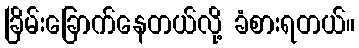
ခြိမ်းခြောက်နေတယ်လို့ ခံစားရတယ်။